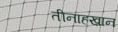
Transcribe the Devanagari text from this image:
तीनाहख़ान